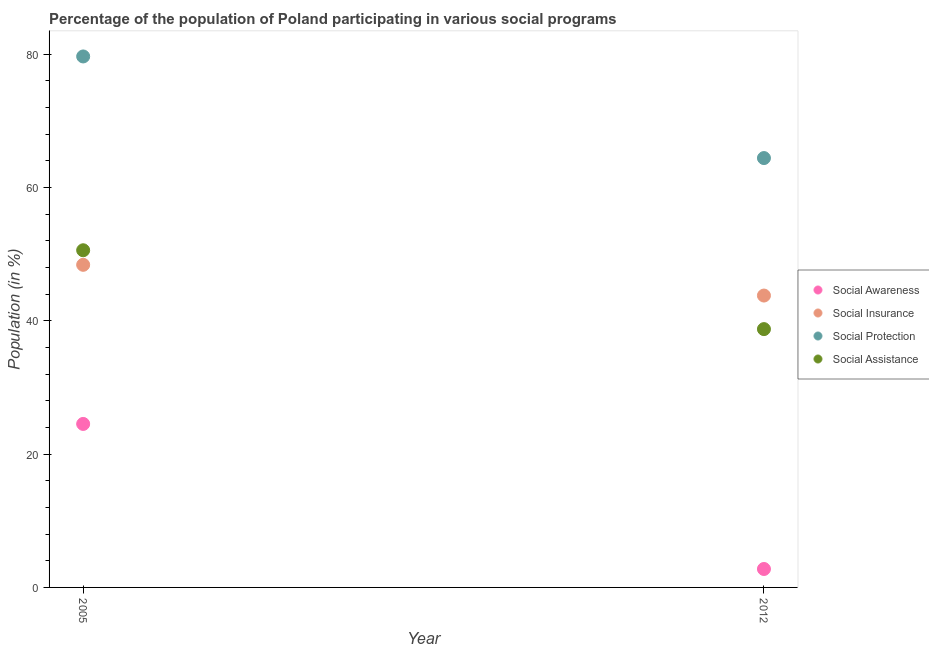
| Year | Social Awareness | Social Insurance | Social Protection | Social Assistance |
 | --- | --- | --- | --- | --- |
 | 2005 | 24.5 | 48.4 | 79.7 | 50.6 |
 | 2012 | 2.77 | 43.8 | 64.4 | 38.8 |